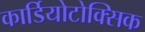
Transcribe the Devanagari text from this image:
कार्डियोटोक्सिक